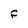
Character: F